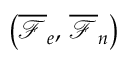
\left( \overline { \mathcal { F } } _ { e } , \, \overline { \mathcal { F } } _ { n } \right)